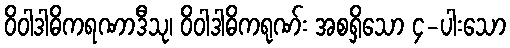
ဝိဝါဒါဓိကရဏာဒီသု၊ ဝိဝါဒါဓိကရုဏ်း အစရှိသော ၄-ပါးသော